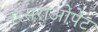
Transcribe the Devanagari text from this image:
नरसराओपेट